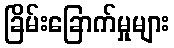
ခြိမ်းခြောက်မှုများ